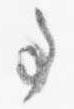
事